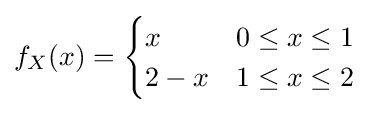
f_{X}(x)={\begin{cases}x&0\leq x\leq 1\\2-x&1\leq x\leq 2\end{cases}}